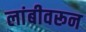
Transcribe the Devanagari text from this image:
लांबीवरून